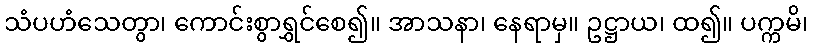
သံပဟံသေတွာ၊ ကောင်းစွာရွှင်စေ၍။ အာသနာ၊ နေရာမှ။ ဥဋ္ဌာယ၊ ထ၍။ ပက္ကမိ၊